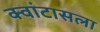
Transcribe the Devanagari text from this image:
क्वांटासला